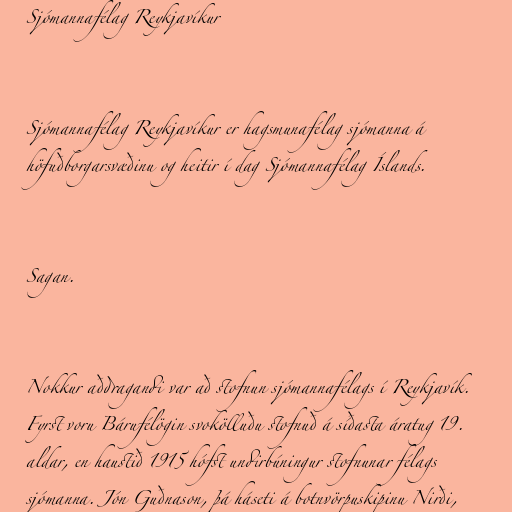
Sjómannafélag Reykjavíkur

Sjómannafélag Reykjavíkur er hagsmunafélag sjómanna á
höfuðborgarsvæðinu og heitir í dag Sjómannafélag Íslands.

Sagan.

Nokkur aðdragandi var að stofnun sjómannafélags í Reykjavík.
Fyrst voru Bárufélögin svokölluðu stofnuð á síðasta áratug 19.
aldar, en haustið 1915 hófst undirbúningur stofnunar félags
sjómanna. Jón Guðnason, þá háseti á botnvörpuskipinu Nirði,